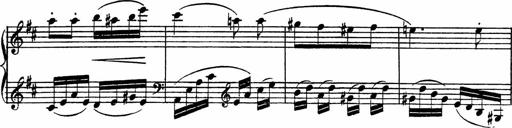
Title: Piano Sonatinas
Composer: Charles Fradel